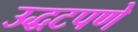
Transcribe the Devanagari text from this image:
उद्धटपणे